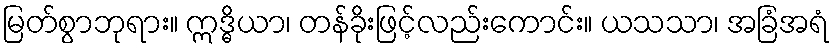
မြတ်စွာဘုရား။ ဣဒ္ဓိယာ၊ တန်ခိုးဖြင့်လည်းကောင်း။ ယသသာ၊ အခြံအရံ